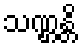
သဏ္ဌန္တိ